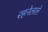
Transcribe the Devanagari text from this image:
रहनेलाले